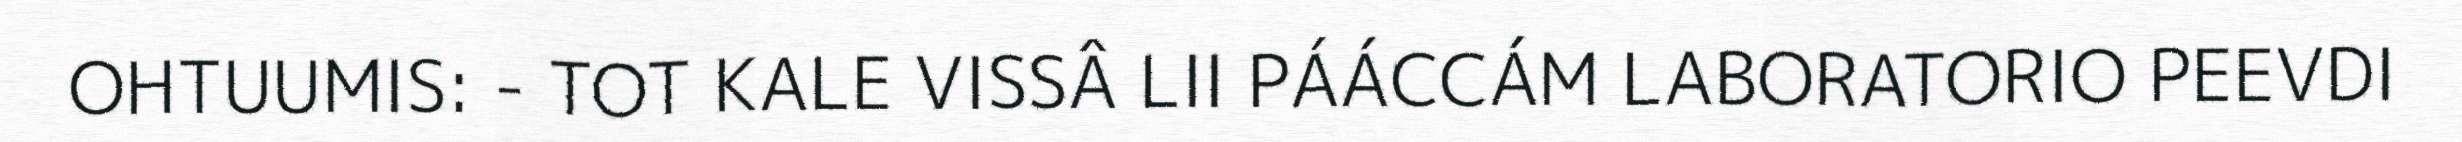
OHTUUMIS: - TOT KALE VISSÂ LII PÁÁCCÁM LABORATORIO PEEVDI